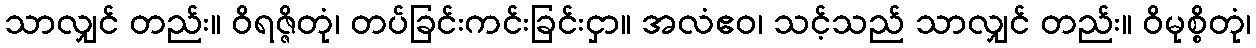
သာလျှင် တည်း။ ဝိရဇ္ဇိတုံ၊ တပ်ခြင်းကင်းခြင်းငှာ။ အလံဧဝ၊ သင့်သည် သာလျှင် တည်း။ ဝိမုစ္စိတုံ၊